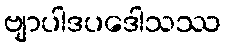
ဗျာပါဒပဒေါသဿ